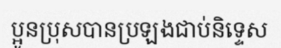
ប្អូនប្រុសបានប្រឡងជាប់និទ្ទេស